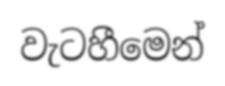
වැටහීමෙන්